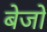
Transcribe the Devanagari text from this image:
बेजो